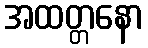
အထတ္တနော